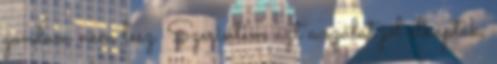
gondom nem lesz. Szerintem azt a szálat jól elkapták,